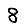
Digit: 8